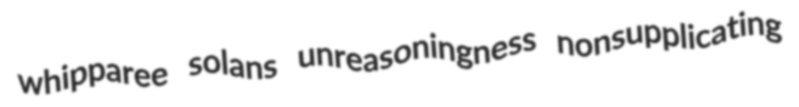
whipparee solans unreasoningness nonsupplicating